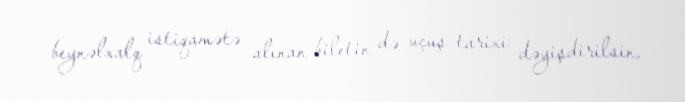
beynəlxalq istiqamətə alınan biletin də uçuş tarixi dəyişdirilsin.